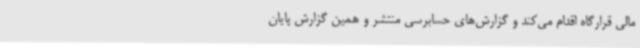
مالی قرارگاه اقدام می‌کند و گزارش‌های حسابرسی منتشر و همین گزارش پایان